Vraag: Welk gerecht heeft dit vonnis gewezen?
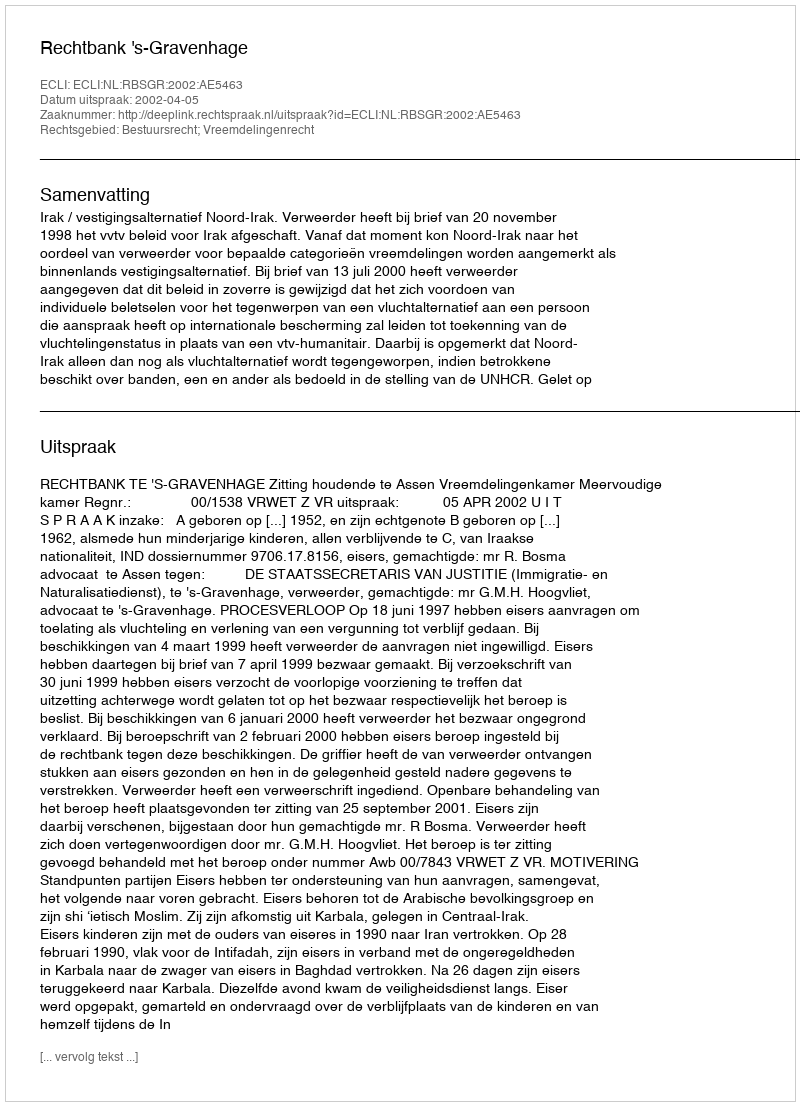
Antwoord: Rechtbank 's-Gravenhage